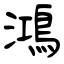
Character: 鴻